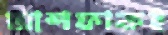
আশফাকই